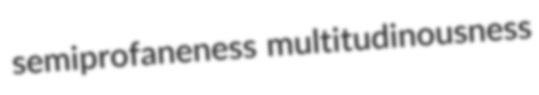
semiprofaneness multitudinousness